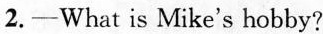
2.—What is Mike's hobby?